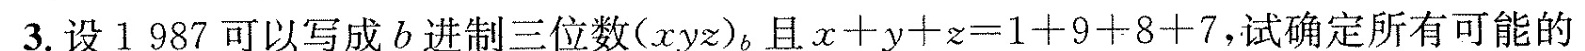
3.设1987可以写成b进制三位数(xyz)_{b} 。且$$x 十 y + z = 1 + 9 + 8 + 7$$，试确定所有可能的